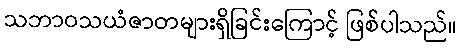
သဘာဝသယံဇာတများရှိခြင်းကြောင့် ဖြစ်ပါသည်။